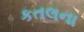
કતલના